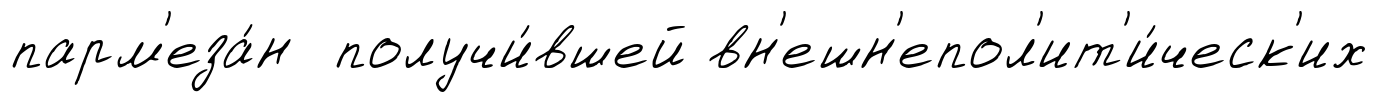
парм'еза́н получи́вшей вн'ешн'епол'ит'и́ческ'их